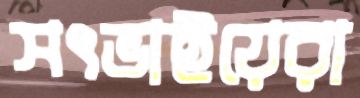
সৎভাইয়েরা